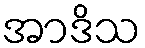
အာဒိသ